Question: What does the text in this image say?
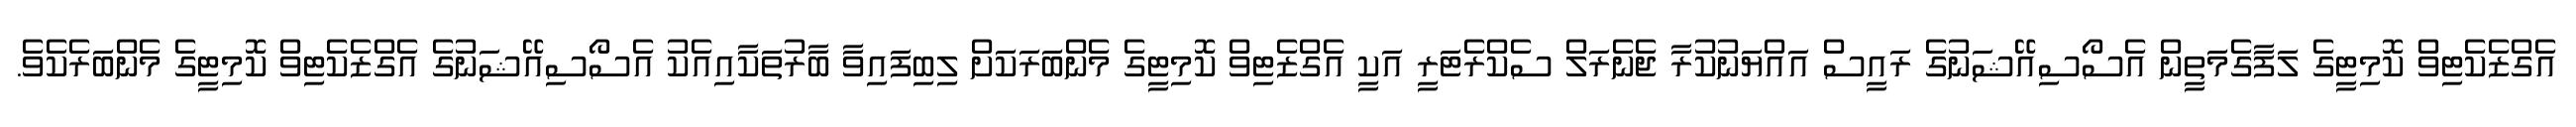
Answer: އެގްޒެކެޓިވް ކޮމިޓީގެ ލަފާގެމަތީން އެސޯސިއޭޝަނުގެ ރައީސް އައްޔަނުކުރާ ޖެނެރަލް ސެކްރެޓަރީ އަކީ އެގްޒެޓިވް ކޮމިޓީގެ މެންބަރަކަށް ލިބިފައިވާ ބާރުތަކާއިއެކު އެސޯސިއޭޝަނުގެ އެގްޒެކެޓިވް ކޮމިޓީގެ މެންބަރެކެވެ.